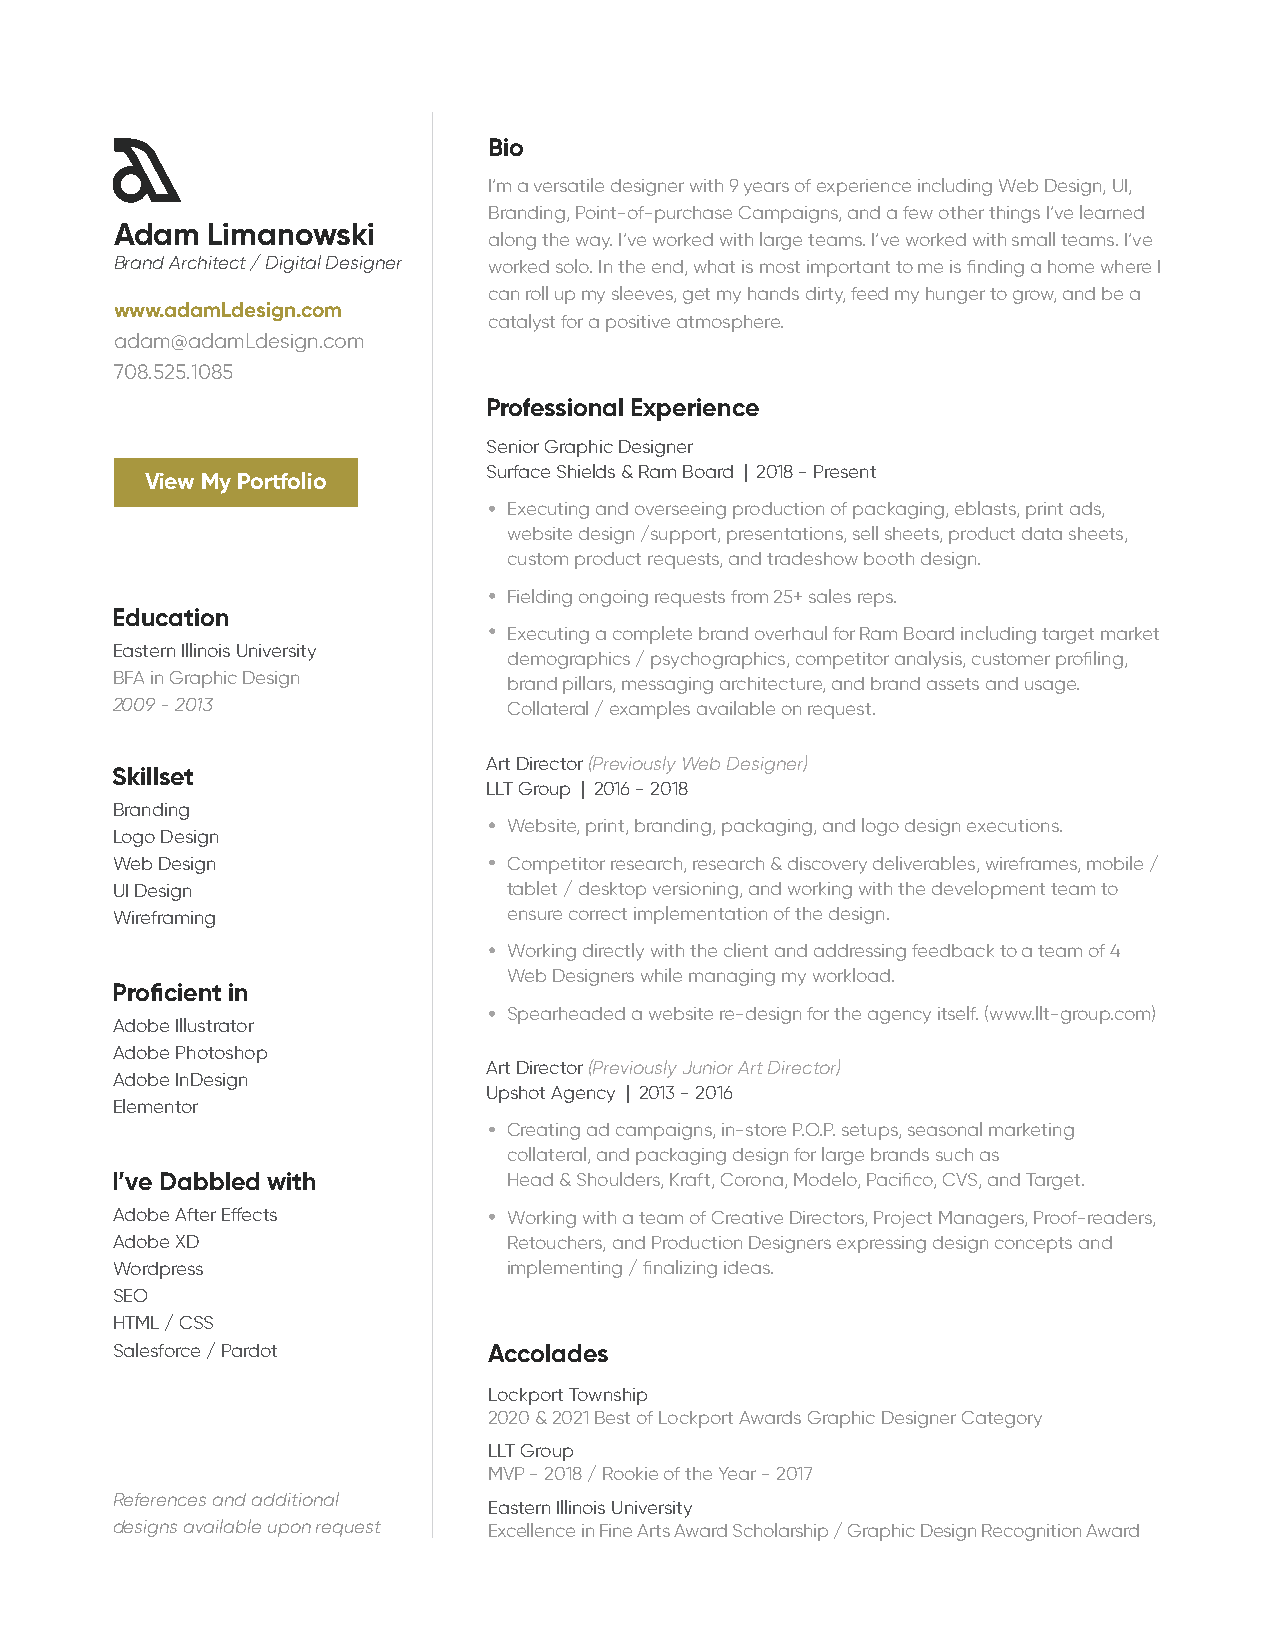
Bio
 I’m a versatile designer with 9 years of experience including Web Design, UI,
 Branding, Point-of-purchase Campaigns, and a few other things I’ve learned
 Adam  Limanowski
 along the way. I’ve worked with large teams. I’ve worked with small teams. I’ve
 Brand Architect / Digital Designer worked solo. In the end, what is most important to me is finding a home where I
 can roll up my sleeves, get my hands dirty, feed my hunger to grow, and be a
 www.adamLdesign.com
 catalyst for a positive atmosphere.
 adam@adamLdesign.com
 708.525.1085
 Professional Experience
 Senior Graphic Designer
 Surface Shields & Ram Board | 2018 - Present
 View My Portfolio
 Executing and overseeing production of packaging, eblasts, print ads,
 website design /support, presentations, sell sheets, product data sheets,
 custom product requests, and tradeshow booth design.
 Fielding ongoing requests from 25+ sales reps.
 Education
 Executing a complete brand overhaul for Ram Board including target market
 Eastern Illinois University
 demographics / psychographics, competitor analysis, customer profiling,
 BFA in Graphic Design
 brand pillars, messaging architecture, and brand assets and usage.
 2009 - 2013                Collateral / examples available on request.
 Art Director (Previously Web Designer)
 Skillset
 LLT Group | 2016 - 2018
 Branding
 Website, print, branding, packaging, and logo design executions.
 Logo Design
 Web Design                 Competitor research, research & discovery deliverables, wireframes, mobile /
 UI Design                  tablet / desktop versioning, and working with the development team to
 Wireframing                ensure correct implementation of the design.
 Working directly with the client and addressing feedback to a team of 4
 Web Designers while managing my workload.
 Proficient in
 Spearheaded a website re-design for the agency itself. (www.llt-group.com)
 Adobe Illustrator
 Adobe Photoshop
 Art Director (Previously Junior Art Director)
 Adobe InDesign
 Upshot Agency | 2013 - 2016
 Elementor
 Creating ad campaigns, in-store P.O.P. setups, seasonal marketing
 collateral, and packaging design for large brands such as
 I’ve Dabbled with          Head & Shoulders, Kraft, Corona, Modelo, Pacifico, CVS, and Target.
 Adobe After Effects        Working with a team of Creative Directors, Project Managers, Proof-readers,
 Adobe XD                   Retouchers, and Production Designers expressing design concepts and
 Wordpress                  implementing / finalizing ideas.
 SEO
 HTML / CSS
 Salesforce / Pardot      Accolades
 Lockport Township
 2020 & 2021 Best of Lockport Awards Graphic Designer Category
 LLT Group
 MVP - 2018 / Rookie of the Year - 2017
 References and additional
 Eastern Illinois University
 designs available upon request Excellence in Fine Arts Award Scholarship / Graphic Design Recognition Award